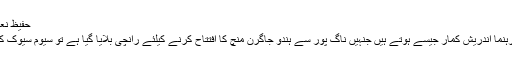
حفیظ نعمانی 26/07/2018
اگر آر ایس ایس کے رہنما اندریش کمار جیسے ہوتے ہیں جنہیں ناگ پور سے ہندو جاگرن منچ کا افتتاح کرنے کیلئے رانچی بلایا گیا ہے تو سیوم سیوک کیسے ہوتے ہوں گے؟